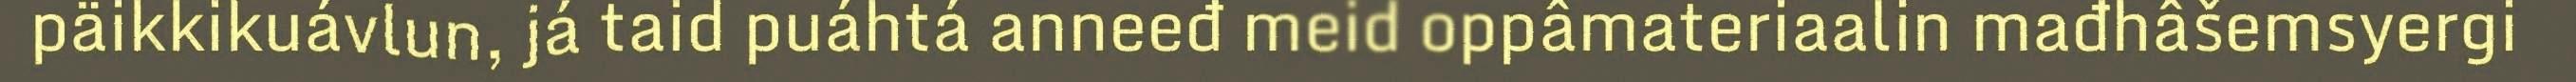
päikkikuávlun, já taid puáhtá anneeđ meid oppâmateriaalin mađhâšemsyergi